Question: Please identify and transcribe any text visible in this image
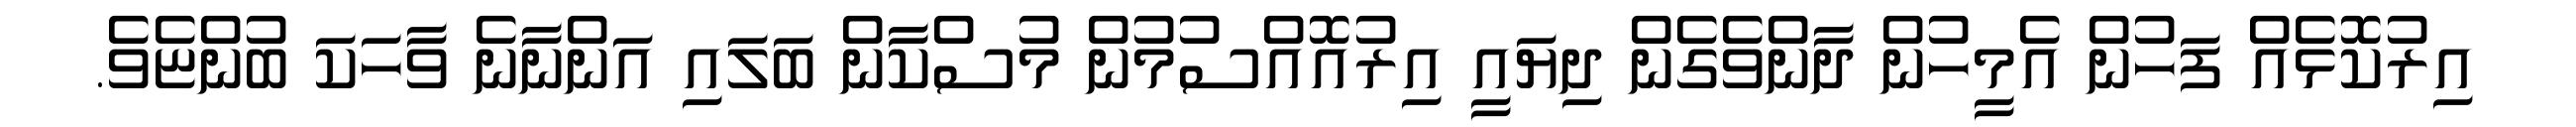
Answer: އިރުކޮޅެއް ފަހުން އެމީހުން ދާންވެގެން ދިޔައީ އިރުއޮއްސުމުން މުސްކާން ބަލައި އަންނާނެ ވާހަކަ ބުންޏެވެ.